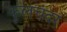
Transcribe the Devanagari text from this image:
कुलचंदर